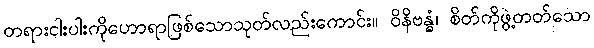
တရားငါးပါးကိုဟောရာဖြစ်သောသုတ်လည်းကောင်း။ ဝိနိဗန္ဓံ၊ စိတ်ကိုဖွဲ့တတ်သော